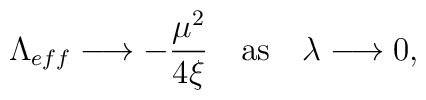
\Lambda _{eff} \longrightarrow - \frac{\mu ^2}{4\xi} \quad\mbox{as} \quad \lambda \longrightarrow 0 ,